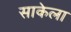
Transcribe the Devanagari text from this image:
साकेला